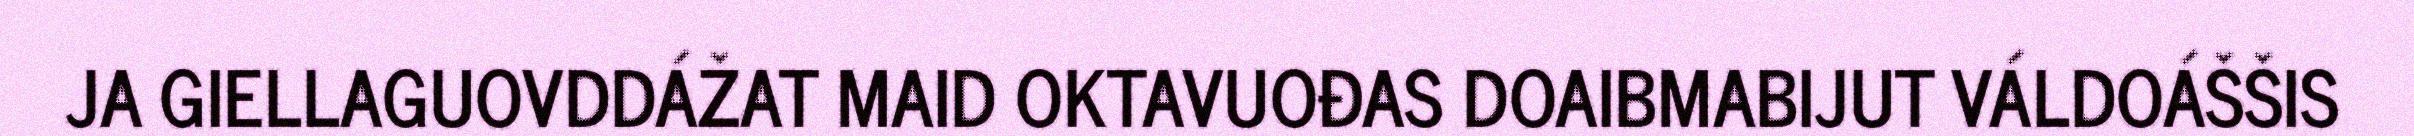
JA GIELLAGUOVDDÁŽAT MAID OKTAVUOĐAS DOAIBMABIJUT VÁLDOÁŠŠIS